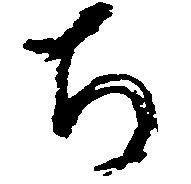
ち